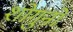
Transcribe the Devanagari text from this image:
शोगुनों